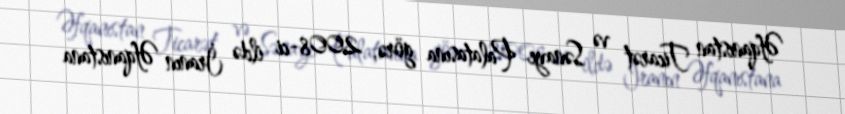
Əfqanıstan Ticarət və Sənaye Palatasına görə, 2008-ci ildə İranın Əfqanıstana